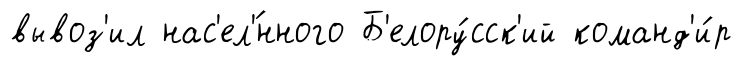
вывоз'ил нас'ел'́нного Б'елору́сск'ий команд'и́р